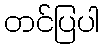
တင်ပြပါ